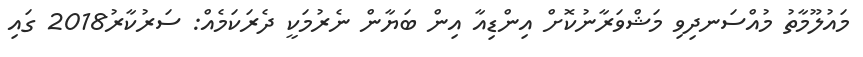
މައުލޫމާތު މުއްސަނދިވި މަޝްވަރާނުކޮށް އިންޑިއާ އިން ބަޔާން ނެރުމަކީ ދެރަކަމެއް: ސަރުކާރު2018 ގައި